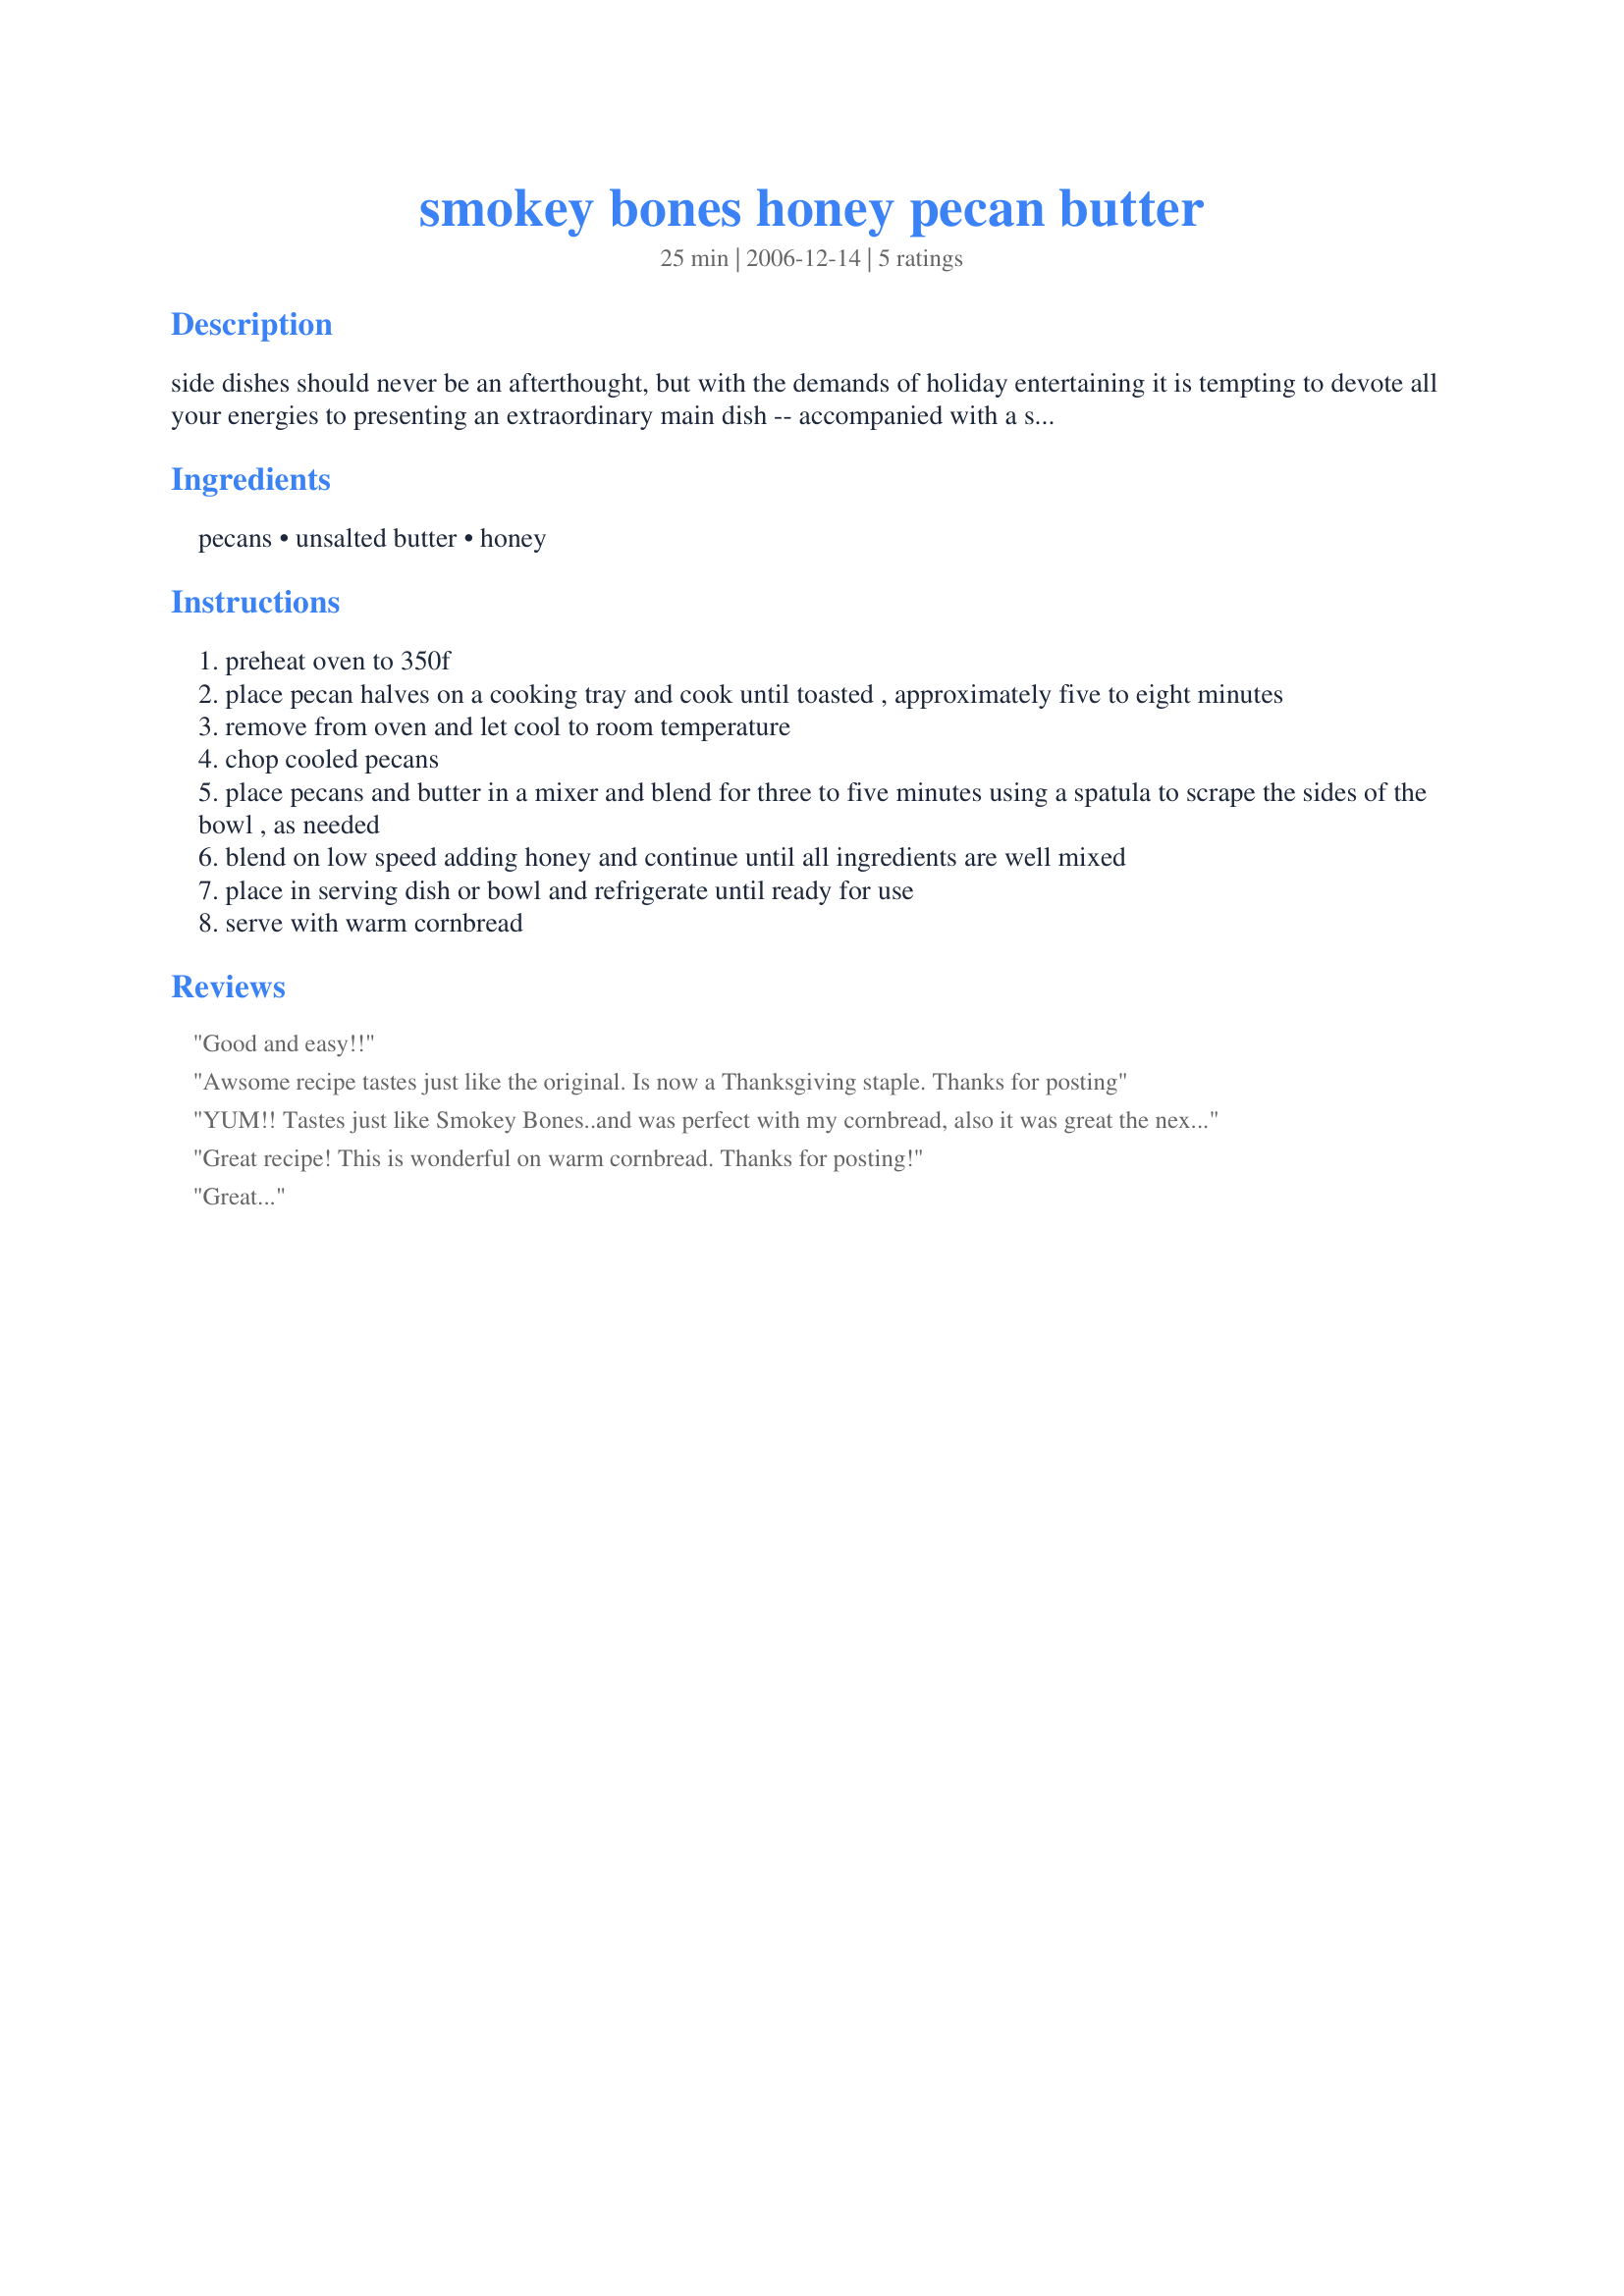
smokey bones honey pecan butter
Preparation time: 25 minutes

side dishes should never be an afterthought, but with the demands of holiday entertaining it is tempting to devote all your energies to presenting an extraordinary main dish -- accompanied with a side dish out of a can.

this holiday season, smokey bones barbeque & grill, which operates casual dining restaurants in the eastern and midwestern u.s., is here to help.

Ingredients:
pecans, unsalted butter, honey

Steps:
preheat oven to 350f
place pecan halves on a cooking tray and cook until toasted , approximately five to eight minutes
remove from oven and let cool to room temperature
chop cooled pecans
place pecans and butter in a mixer and blend for three to five minutes using a spatula to scrape the sides of the bowl , as needed
blend on low speed adding honey and continue until all ingredients are well mixed
place in serving dish or bowl and refrigerate until ready for use
serve with warm cornbread

Reviews:
Good and easy!!
Awsome recipe tastes just like the original. Is now a Thanksgiving staple. Thanks for posting
YUM!! Tastes just like Smokey Bones..and was perfect with my cornbread, also it was great the next day on top of some pancakes!
Great recipe! This is wonderful on warm cornbread. Thanks for posting!
Great...
